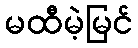
မထီမဲ့မြင်